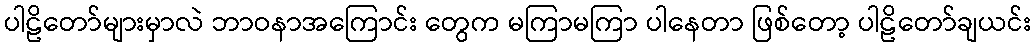
ပါဠိတော်များမှာလဲ ဘာဝနာအကြောင်း တွေက မကြာမကြာ ပါနေတာ ဖြစ်တော့ ပါဠိတော်ချယင်း